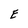
Character: E